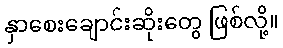
နှာစေးချောင်းဆိုးတွေ ဖြစ်လို့။